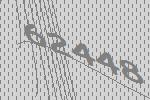
62448